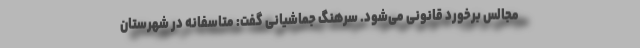
مجالس برخورد قانونی می‌شود. سرهنگ جماشیانی گفت: متاسفانه در شهرستان